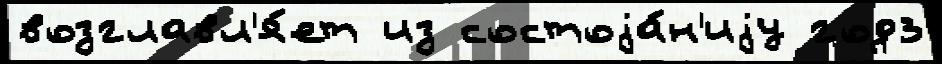
возглавл'я́ет из состоjа́н'иjу год3